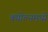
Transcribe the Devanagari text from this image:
क्योल्नमध्ये